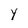
Character: Y